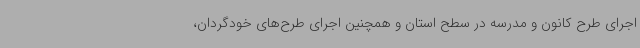
اجرای طرح کانون و مدرسه در سطح استان و همچنین اجرای طرح‌های خودگردان،